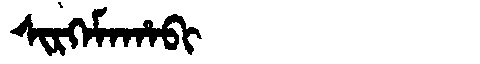
Manchu: ᠰᡳᡵᡴᡝᠮᠠᡥᠠᠪᡳ
Romanization: SIRKEMAHABI